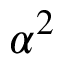
\alpha ^ { 2 }